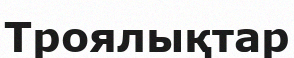
Троялықтар